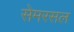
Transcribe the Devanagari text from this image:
सेमरसल